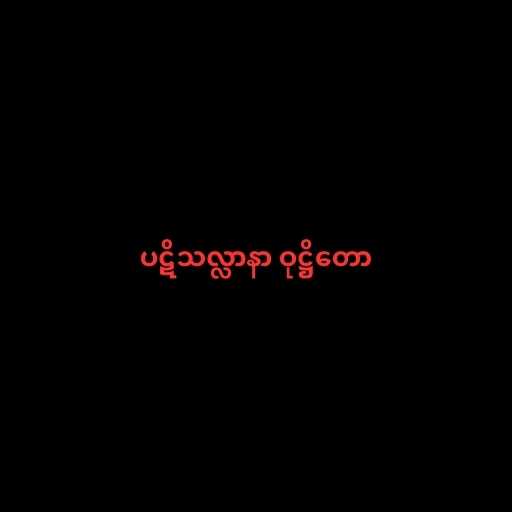
ပဋိသလ္လာနာ ဝုဋ္ဌိတော